65_HS1-834228961_62-HQ-83894_SUB_A
Agency: FBI
Page 44
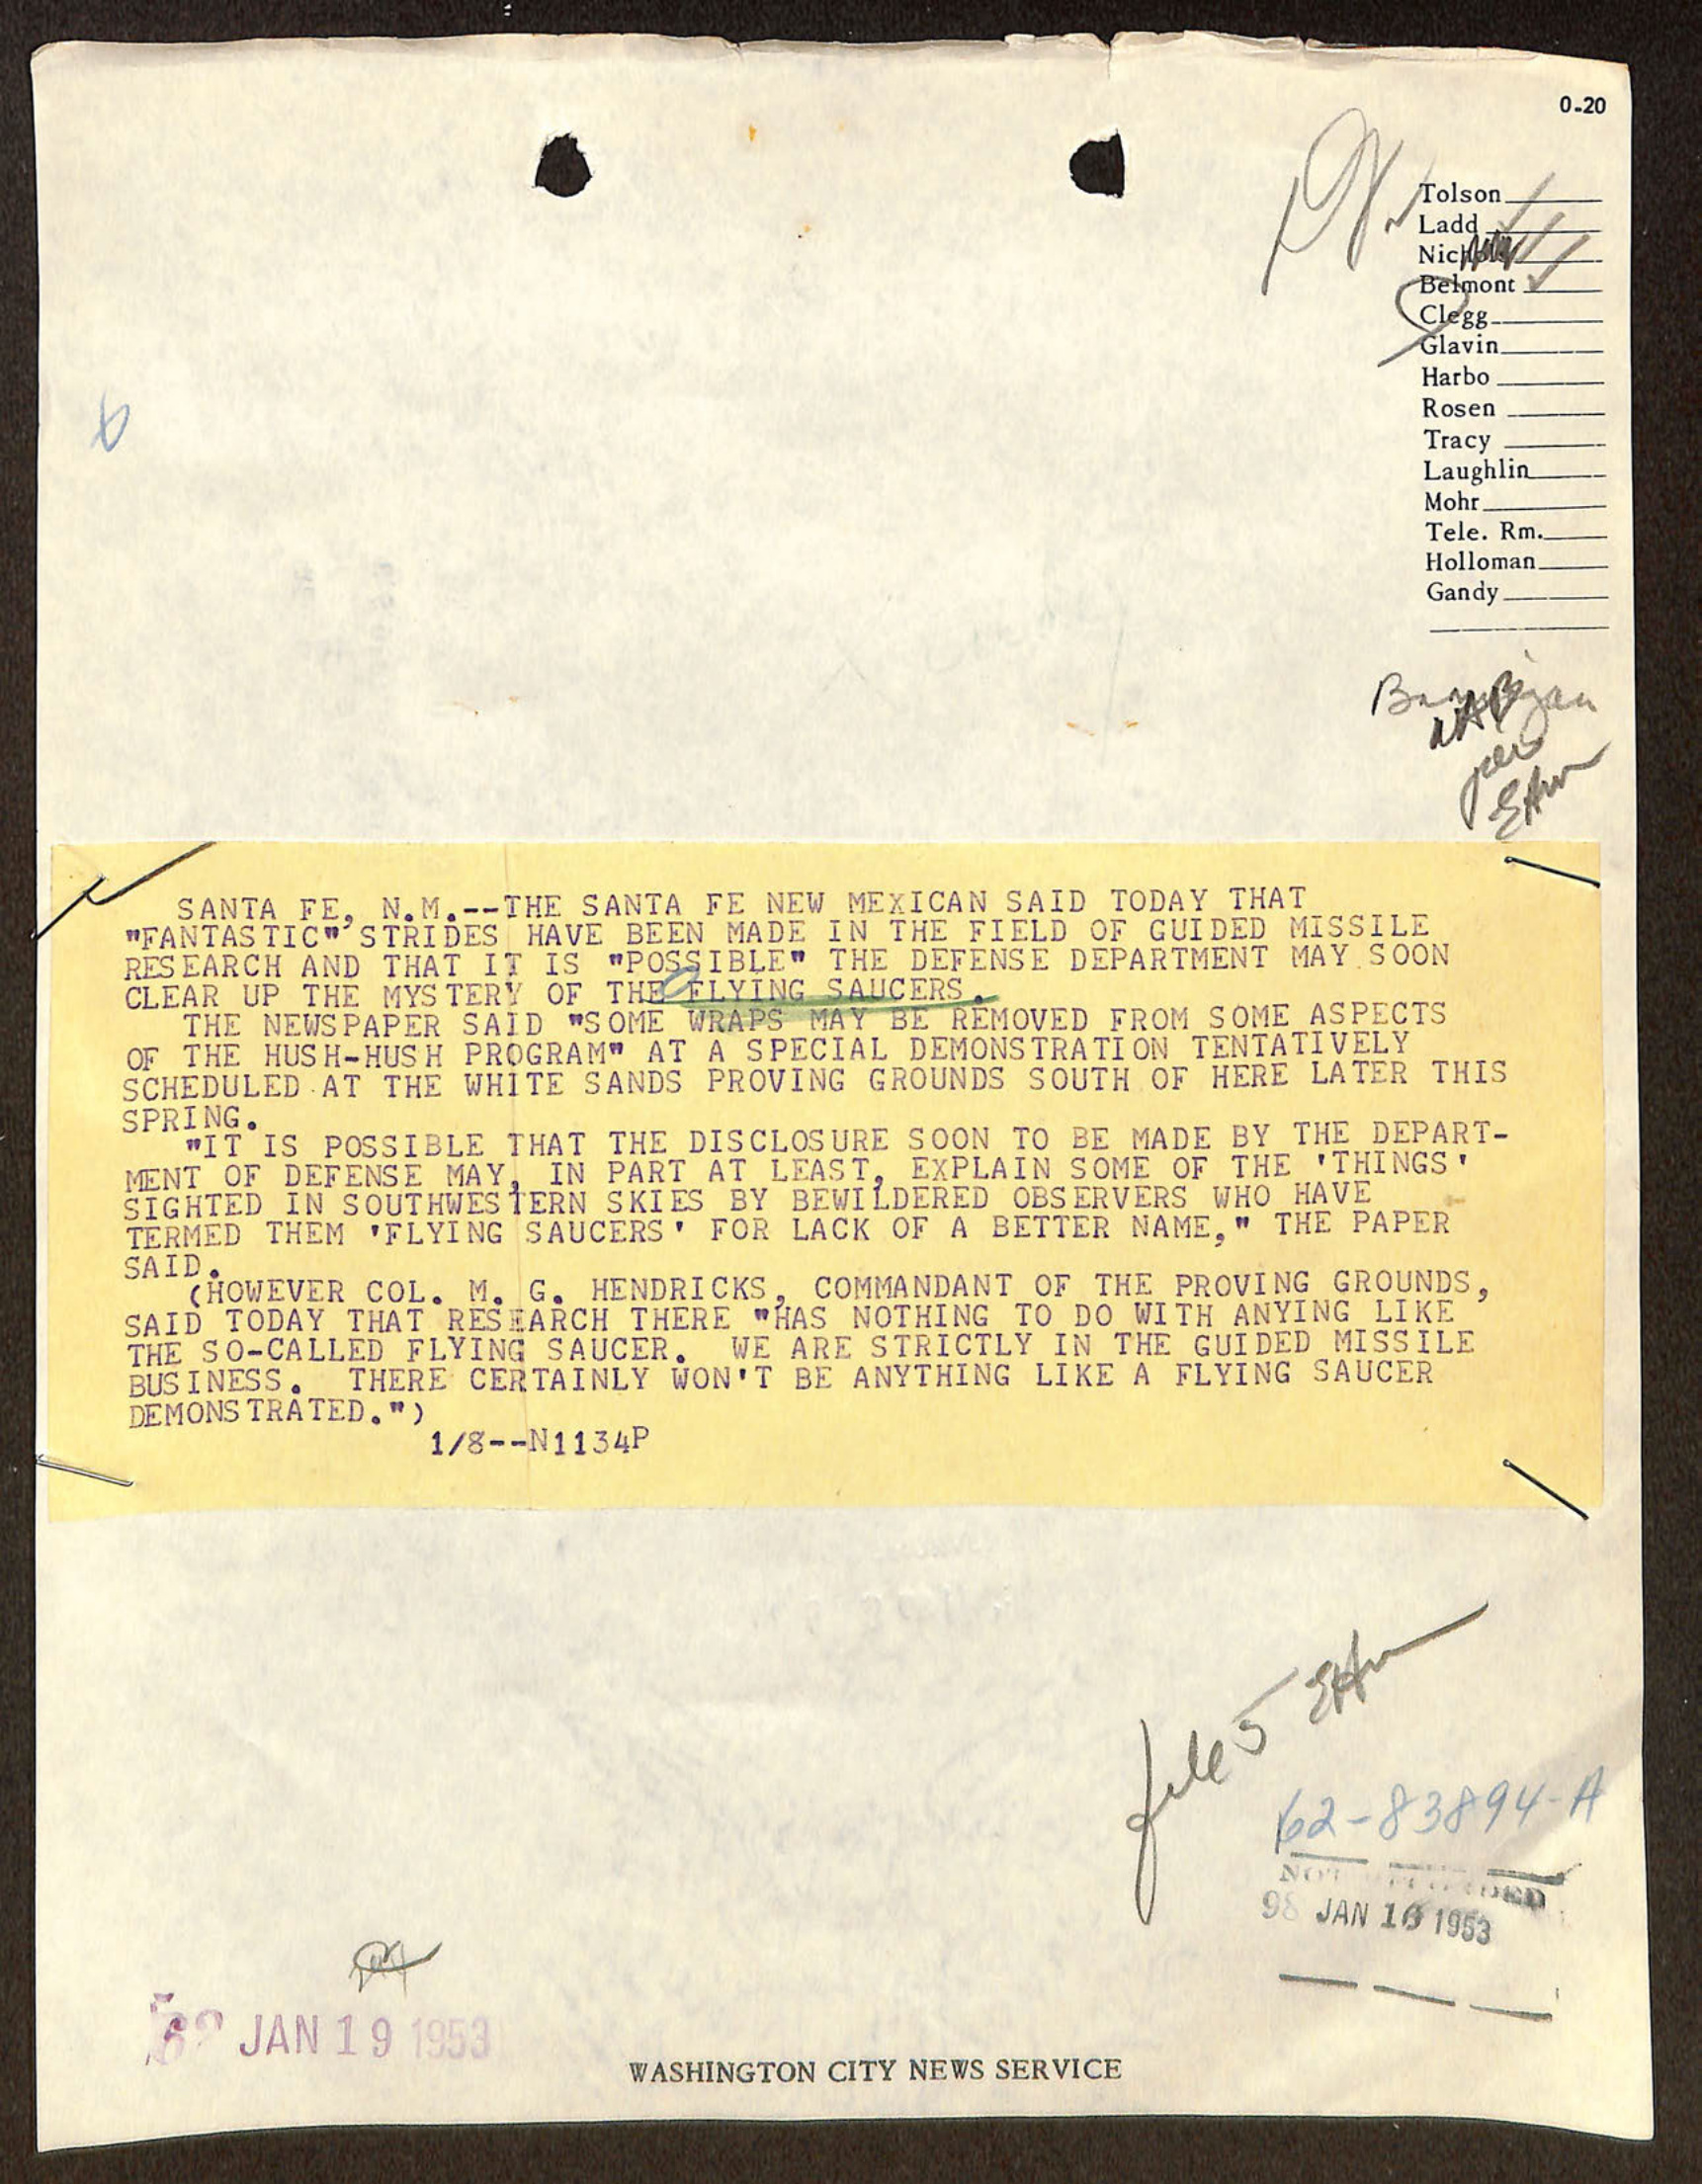